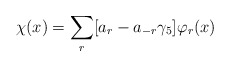
\begin{align*}\chi(x) = \sum_{r}[a_{r} - a_{-r} \gamma_{5}]\varphi_{r}(x)\end{align*}